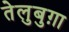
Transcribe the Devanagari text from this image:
तेलुबुग़ा